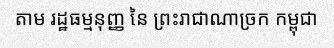
តាម រដ្ឋធម្មនុញ្ញ នៃ ព្រះរាជាណាច្រក កម្ពុជា